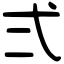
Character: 弍